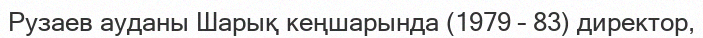
Рузаев ауданы Шарық кеңшарында (1979 – 83) директор,